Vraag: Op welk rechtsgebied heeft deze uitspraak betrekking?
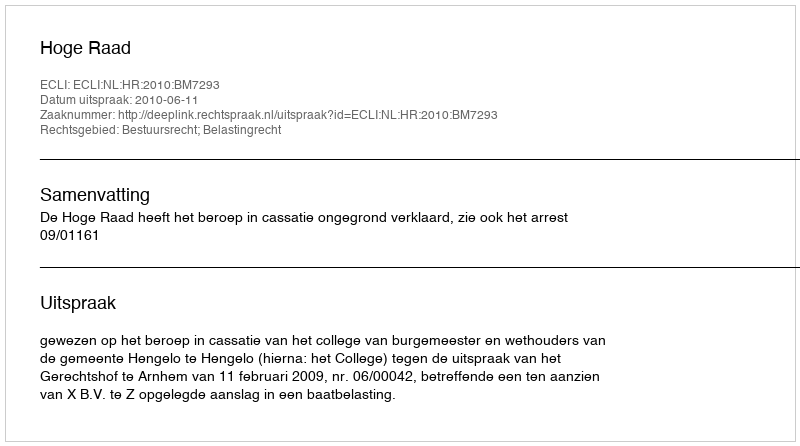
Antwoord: Bestuursrecht; Belastingrecht